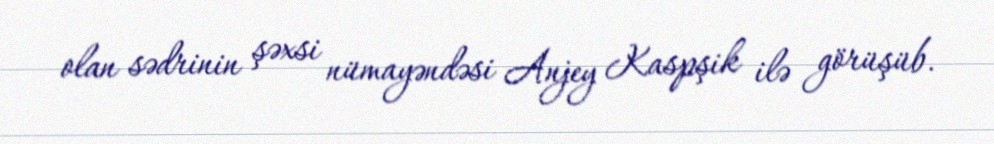
olan sədrinin şəxsi nümayəndəsi Anjey Kaspşik ilə görüşüb.